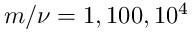
m / \nu = 1 , 1 0 0 , 1 0 ^ { 4 }